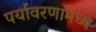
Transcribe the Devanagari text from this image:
पर्यावरणामध्ये